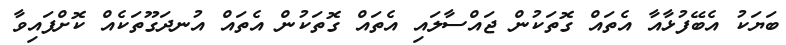
ބަޔަކު އެބޭފުޅާއާ އެތައް ގޮތަކުން ޖައްސާލައި އެތައް ގޮތަކުން އެތައް އުނދަގޫތަކެއް ކޮށްފައިވާ